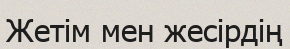
Жетім мен жесірдің